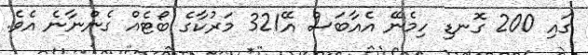
ގައި 200 ގޮނޑި ހިމެނޭ އެއާބަސް އޭ321 މަރުކާގެ ބޯޓެއް ގެންނާނެ އެވެ.